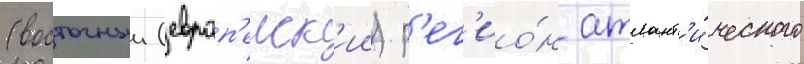
(восточныи (европ'еиск'ии) р'ег'ио́н атлант'и́ческого